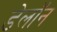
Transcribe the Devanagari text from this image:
डेलॉन